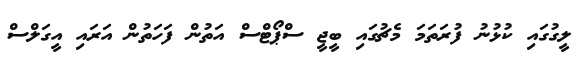
ލީގުގައި ކުޅުނު ފުރަތަމަ މެޗުގައި ބީޖީ ސްޕޯޓްސް އަތުން ފަހަތުން އަރައި އީގަލްސް